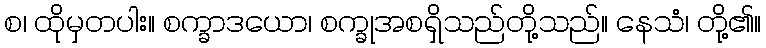
စ၊ ထိုမှတပါး။ စက္ခာဒယော၊ စက္ခုအစရှိသည်တို့သည်။ နေသံ၊ တို့၏။